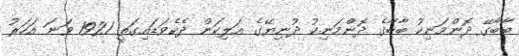
ބާބާގޭ ދޮންމަނިކު ބާބާގެ ދޮންމަނިކު ދުނިޔޭގެ އަލިކަން ދެކެވަޑައިގަތީ 1921 ވަނަ އަހަރު